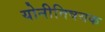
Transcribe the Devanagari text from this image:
योनीविषयक